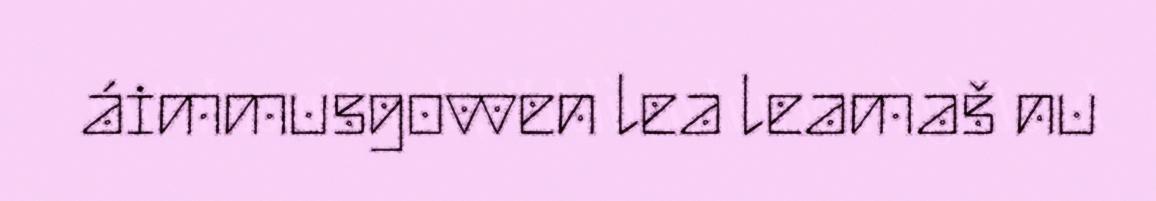
áimmusgovven lea leamaš nu